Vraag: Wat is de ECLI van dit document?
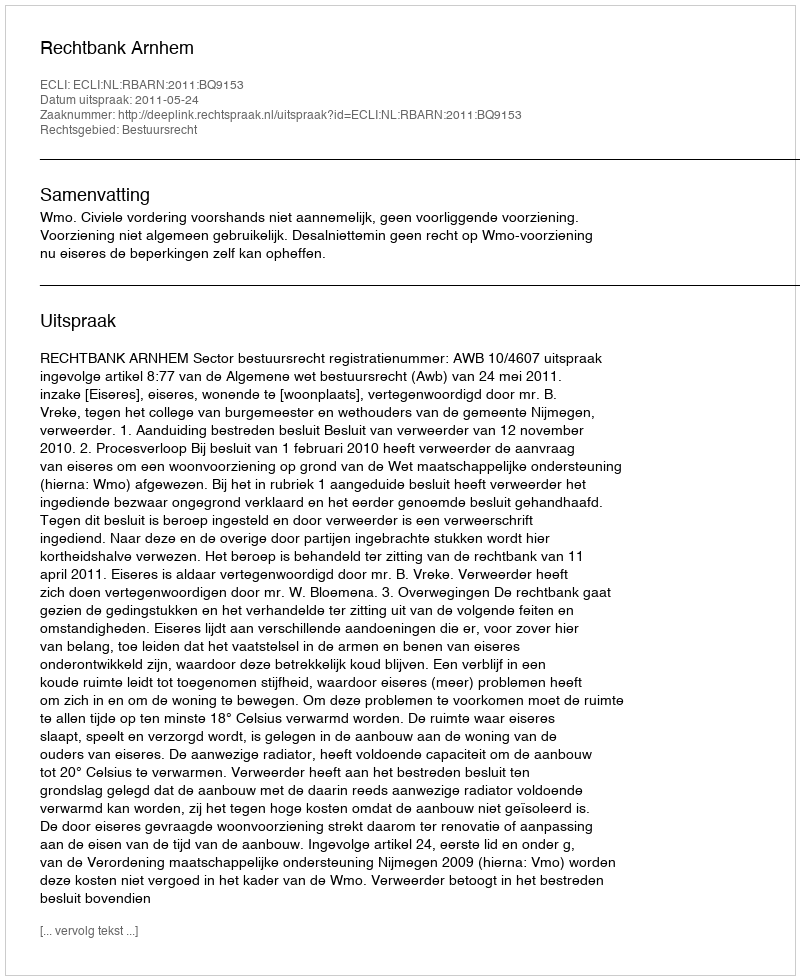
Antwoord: ECLI:NL:RBARN:2011:BQ9153